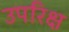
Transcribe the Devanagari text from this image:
उपरिक्ष